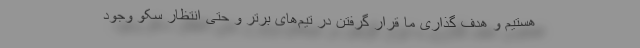
هستیم و هدف گذاری ما قرار گرفتن در تیم‌های برتر و حتی انتظار سکو وجود